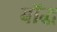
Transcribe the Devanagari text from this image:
बॉद्ध